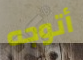
أتوجه